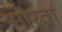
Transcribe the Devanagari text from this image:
मोरवां